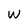
Character: w